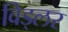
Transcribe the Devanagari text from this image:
विड्लर